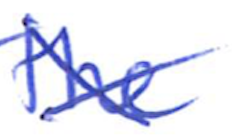
Text: the
Cross-out: mix
Writing tool: ballpoint